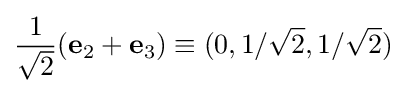
{\frac {1}{\sqrt {2}}}(\mathbf {e} _{2}+\mathbf {e} _{3})\equiv (0,1/{\sqrt {2}},1/{\sqrt {2}})